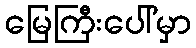
မြေကြီးပေါ်မှာ